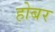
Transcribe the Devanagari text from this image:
होबर